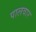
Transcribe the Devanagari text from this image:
पालवार